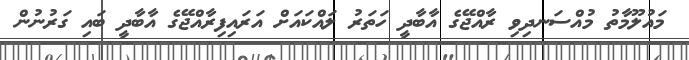
މައުލޫމާތު މުއްސަނދިވި ރާއްޖޭގެ އާބާދީ ހަތަރު ލައްކައަށް އަރައިފިރާއްޖޭގެ އާބާދީ ބައި ގަރުނުން